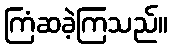
ကြံဆခဲ့ကြသည်။